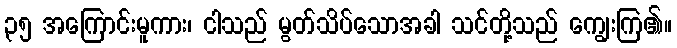
၃၅ အကြောင်းမူကား၊ ငါသည် မွတ်သိပ်သောအခါ သင်တို့သည် ကျွေးကြ၏။